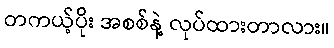
တကယ့်ပိုး အစစ်နဲ့ လုပ်ထားတာလား။